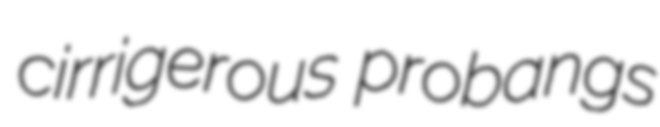
cirrigerous probangs